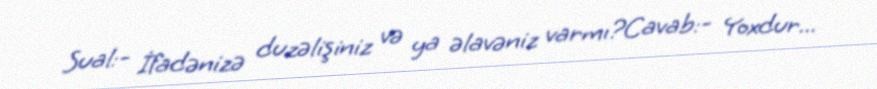
Sual:- İfadənizə duzəlişiniz və ya əlavəniz varmı?Cavab:- Yoxdur...